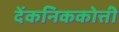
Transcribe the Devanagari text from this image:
देंकनिककोत्ती